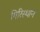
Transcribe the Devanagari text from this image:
गिरिस्थान